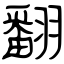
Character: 翻